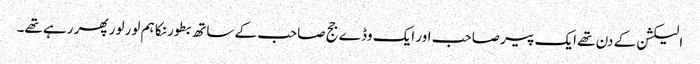
الیکشن کے دن تھے ایک پیر صاحب اور ایک وڈے جج صاحب کے ساتھ بطور نکا ہم لور لور پھر رہے تھے۔